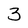
Character: 3